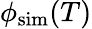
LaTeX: \phi_{\mathrm{sim}}(T)